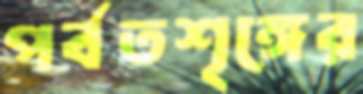
পর্বতশৃঙ্গের